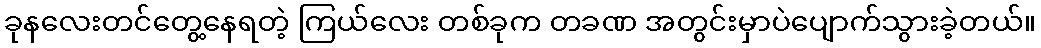
ခုနလေးတင်တွေ့နေရတဲ့ ကြယ်လေး တစ်ခုက တခဏ အတွင်းမှာပဲပျောက်သွားခဲ့တယ်။